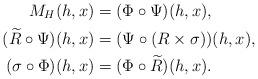
LaTeX: \begin{align*}M_H(h,x) &= (\Phi \circ \Psi)(h,x) , \\(\widetilde{R}\circ\Psi)(h,x) &= (\Psi\circ(R\times \sigma))(h,x) ,\\(\sigma\circ\Phi)(h,x) &= (\Phi\circ \widetilde{R})(h,x).\end{align*}